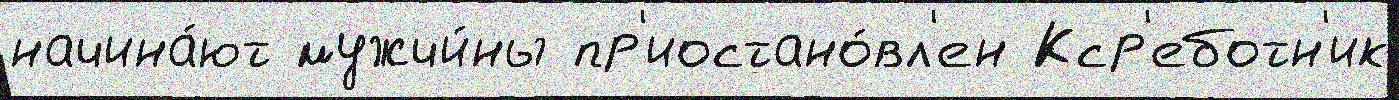
начина́ют мужчи́ны пр'иостано́вл'ен Кср'еботн'ик